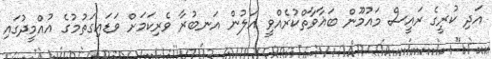
އަދި ކުރީގެ ރައީސް މައުމޫން ބަޣާވާތްކުރެއްވީ އަލުން އަނބުރާ ވެރިކަމަށް ވަޑައިގަތުމުގެ އުއްމީދުގައި